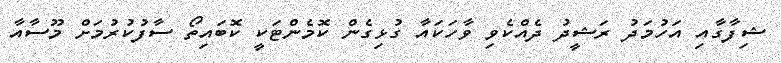
ޝިފާގާއި އަހުމަދު ރަޝީދު ދެއްކެވި ވާހަކައާ ގުޅިގެން ކޮމެންޓަކީ ކޮބައިތޯ ސާފުކުރުމަށް މޫސާއާ